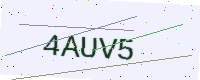
Text: 4AUV5